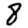
Digit: 8